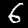
Label: 6